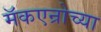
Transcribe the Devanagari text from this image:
मॅकएन्रोच्या